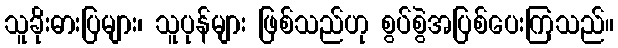
သူခိုးဓားပြများ၊ သူပုန်များ ဖြစ်သည်ဟု စွပ်စွဲအပြစ်ပေးကြသည်။